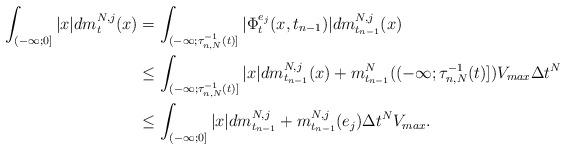
LaTeX: \begin{align*}\int_{(-\infty; 0]}|x|dm^{N,j}_t(x) &= \int_{(-\infty; \tau^{-1}_{n,N}(t)]}|\Phi^{e_j}_{t}(x,t_{n - 1})|dm^{N,j}_{t_{n-1}}(x) \\&\leq \int_{(-\infty; \tau^{-1}_{n,N}(t)]}|x|dm^{N,j}_{t_{n-1}}(x) + m^N_{t_{n-1}}((-\infty; \tau^{-1}_{n,N}(t)])V_{max}\Delta t^N \\&\leq \int_{(-\infty; 0]}|x|dm^{N,j}_{t_{n-1}} + m^{N,j}_{t_{n-1}}(e_j)\Delta t^N V_{max}.\end{align*}